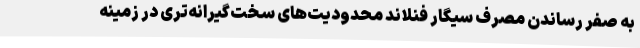
به صفر رساندن مصرف سیگار فنلاند محدودیت‌های سخت‌گیرانه‌تری در زمینه